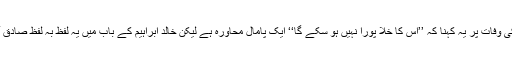
کسی کی وفات پر یہ کہنا کہ ’’اس کا خلا پورا نہیں ہو سکے گا‘‘ ایک پامال محاورہ ہے لیکن خالد ابراہیم کے باب میں یہ لفظ بہ لفظ صادق آتا ہے۔